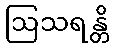
ဩသရန္တိ